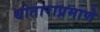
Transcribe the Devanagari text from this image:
धोताराप्रमाणे